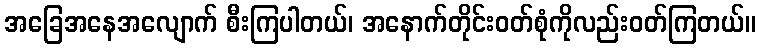
အခြေအနေအလျောက် စီးကြပါတယ်၊ အနောက်တိုင်းဝတ်စုံကိုလည်းဝတ်ကြတယ်။